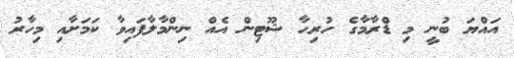
އައްޔަ ބުނީ މި ޑްރާމާގެ ހުރިހާ ޝޫޓިން އެއް ނިންމާލާފައިވާ ކަމަށާއި މިހާރު